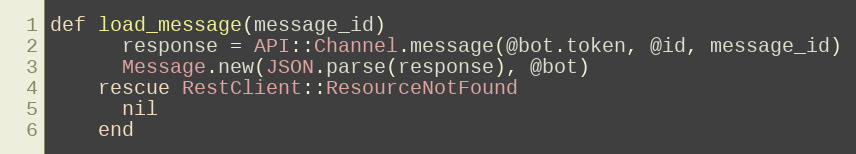
Language: Ruby
def load_message(message_id)
      response = API::Channel.message(@bot.token, @id, message_id)
      Message.new(JSON.parse(response), @bot)
    rescue RestClient::ResourceNotFound
      nil
    end